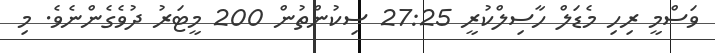
ވަސްމީ ރިހި މެޑަލް ހާސިލްކުރީ 27:25 ސިކުންތުން 200 މީޓަރު ދުވެގެންނެވެ. މި